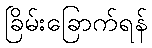
ခြိမ်းခြောက်ရန်